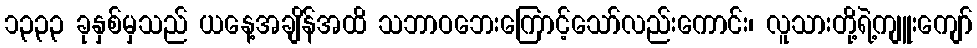
၁၃၃၃ ခုနှစ်မှသည် ယနေ့အချိန်အထိ သဘာဝဘေးကြောင့်သော်လည်းကောင်း၊ လူသားတို့ရဲ့ကျူးကျော်